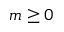
m \geq 0